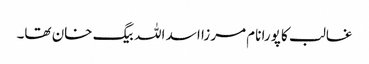
غالب کا پورا نام مرزا اسد اللہ بیگ خان تھا۔